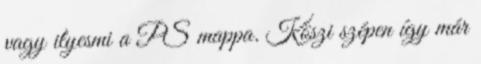
vagy ilyesmi a PS mappa. Köszi szépen így már